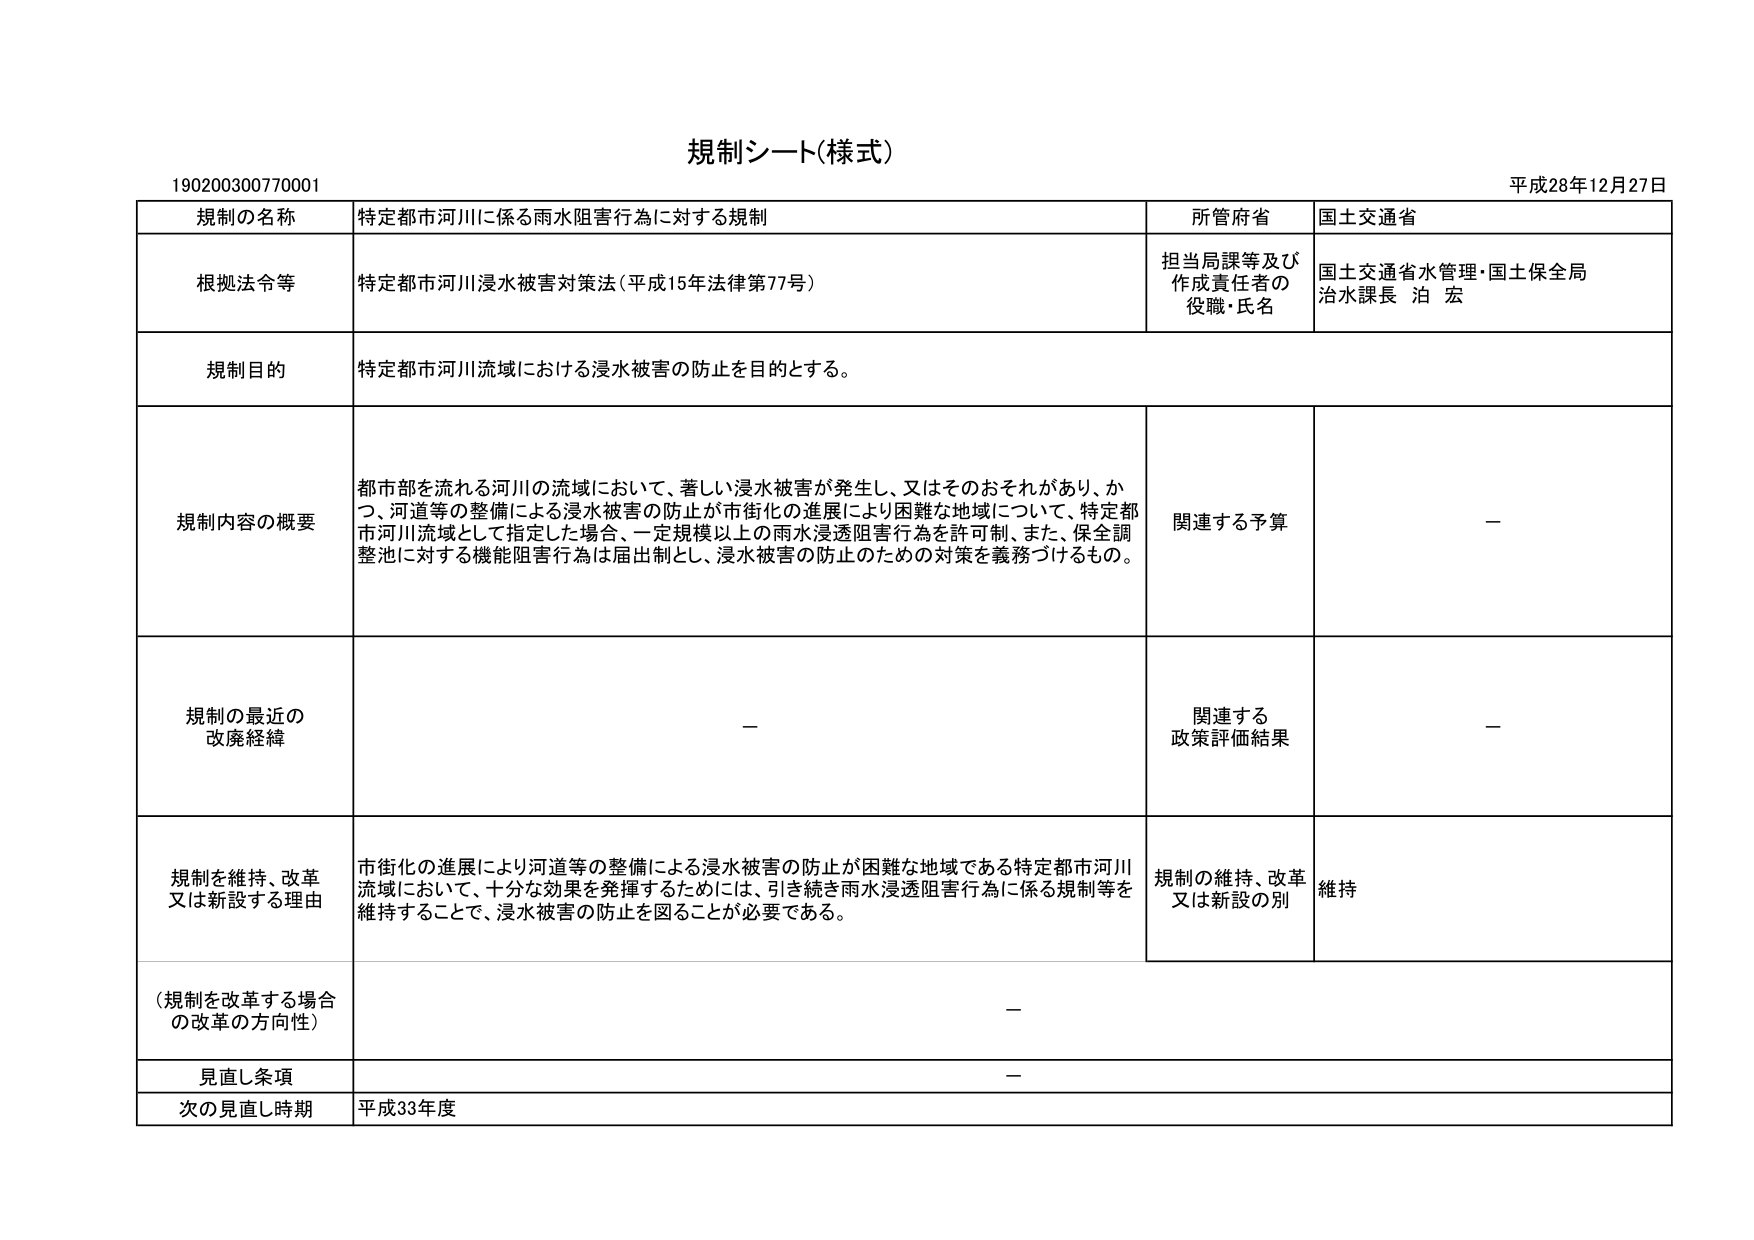
規制シート(様式)

190200300770001

平成28年12月27日

規制の名称　特定都市河川に係る雨水阻害行為に対する規制

所管府省　国土交通省

根拠法令等　特定都市河川浸水被害対策法（平成15年法律第77号）

担当局課等及び作成責任者の役職・氏名　国土交通省水管理・国土保全局 治水課長 泊 宏

規制目的　特定都市河川流域における浸水被害の防止を目的とする。

規制内容の概要　都市部を流れる河川の流域において、著しい浸水被害が発生し、又はそのおそれがあり、かつ、河道等の整備による浸水被害の防止が市街化の進展により困難な地域について、特定都市河川流域として指定した場合、一定規模以上の雨水浸透阻害行為を許可制、また、保全調整池に対する機能阻害行為は届出制とし、浸水被害の防止のための対策を義務づけるもの。

関連する予算　－

規制の最近の改廃経緯　－

関連する政策評価結果　－

規制を維持、改革又は新設する理由　市街化の進展により河道等の整備による浸水被害の防止が困難な地域である特定都市河川流域において、十分な効果を発揮するためには、引き続き雨水浸透阻害行為に係る規制等を維持することで、浸水被害の防止を図ることが必要である。

規制の維持、改革又は新設の別　維持

（規制を改革する場合の改革の方向性）　－

見直し条項　－

次の見直し時期　平成33年度